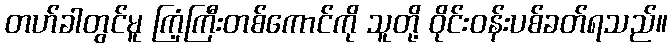
တဟ်ခါတွင်မူ ကြံ့ကြီးတစ်ကောင်ကို သူတို့ ဝိုင်းဝန်းပစ်ခတ်ရသည်။